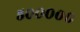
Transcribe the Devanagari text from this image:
५०००००